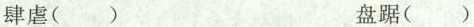
肆虐() 盘踞()